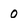
Character: 0